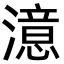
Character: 澺